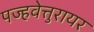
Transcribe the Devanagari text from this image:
पज्हवेत्तुरायर